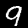
Digit: 9